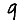
Digit: 9